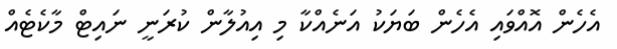
އެހެން އޮއްވައި އެހެން ބަޔަކު އަނެއްކާ މި އިއުލާން ކުރަނީ ނައިޓް މާކެޓެއް